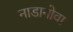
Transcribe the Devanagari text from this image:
नाडानोवा